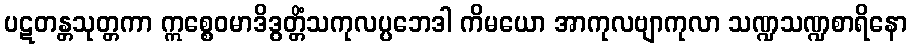
ပဋတန္တသုတ္တကာ ဣစ္စေဝမာဒိဒွတ္တိံသကုလပ္ပဘေဒါ ကိမယော အာကုလဗျာကုလာ သဏ္ဍသဏ္ဍစာရိနော